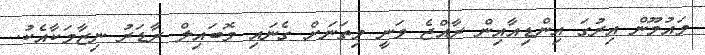
މައުމޫން އިރުގަ އިންޑިއާއިން ރާއްޖެ ވަނީ މިތަނަށް ގެނައި މޮބައިލް ރާޑަރު ނިޒާމަކާއެކު.